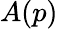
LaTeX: A(p)